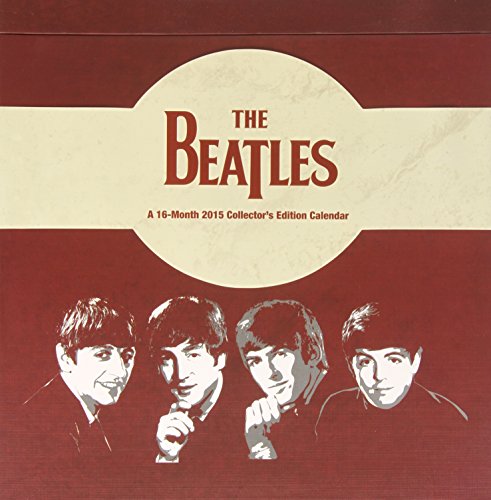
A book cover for The Beatles Collector's Edition 2015 Wall Calendar; Trends International; Calendars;